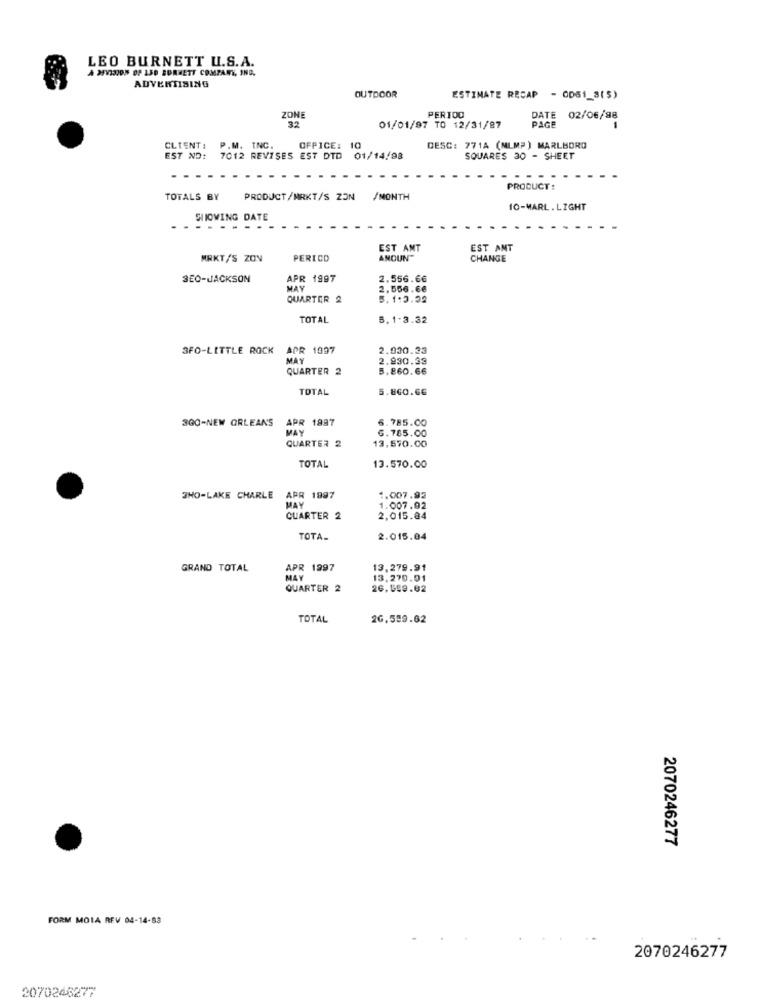
LEO BURNETT U.S.A.
À MV1305 OF 130 BURNETT COMPANY, INC.
ADVERTISING
OUTDOOR
ESTIMATE RECAP - ODS1_3(5)
ZONE
PERIOD
DATE
02/06/98
32
01/01/97 TO 12/31/87
PAGE
CLIENT:
P.M. INC.
OFFICE: 10
DESC: 771A (MLMP) MARLBORO
EST ND:
7012 REVISES EST DTD 01/14/98
SQUARES 30 - SHEET
. . .
- - -
PRODUCT:
TOTALS BY
PRODUCT/MRKT/S ZON
/MONTH
10-MARL. LIGHT
SHOWING DATE
EST AMT
EST ANT
MRKT/S ZON
PERICO
ANOUN"
CHANGE
SEO-JACKSON
APR 1997
2.556.66
MAY
2,556.66
QUARTER 2
3.1:3.32
TOTAL
5.1.3.32
3FO-LITTLE ROCK APR 1997
2.930.33
MAY
2.930.33
QUARTER 2
5.860.66
TOTAL
5.860.66
3GO-NEW ORLEAN'S
APR 1897
6.785.00
MAY
13.570.00
6.785.00
QUARTER 2
TOTAL
13.570.00
WHO-LAKE CHARLE APR 1997
1.007.92
MAY
1.007.92
QUARTER 2
2,015.84
TOTA_
2.015.04
GRAND TOTAL
APR 1997
13,279.91
MAY
13.270.01
QUARTER 2
26.059.02
TOTAL
26.559.62
2070246277
FORM MOIA REV 04-14-83
2070246277
2070246277